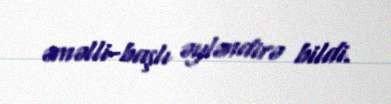
əməlli-başlı əyləndirə bildi.